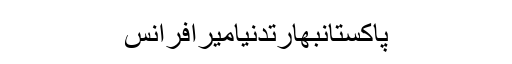
پاکستانبھارتدنیامیرافرانس